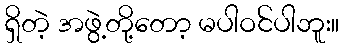
ရှိတဲ့ အဖွဲ့တို့တော့ မပါဝင်ပါဘူး။